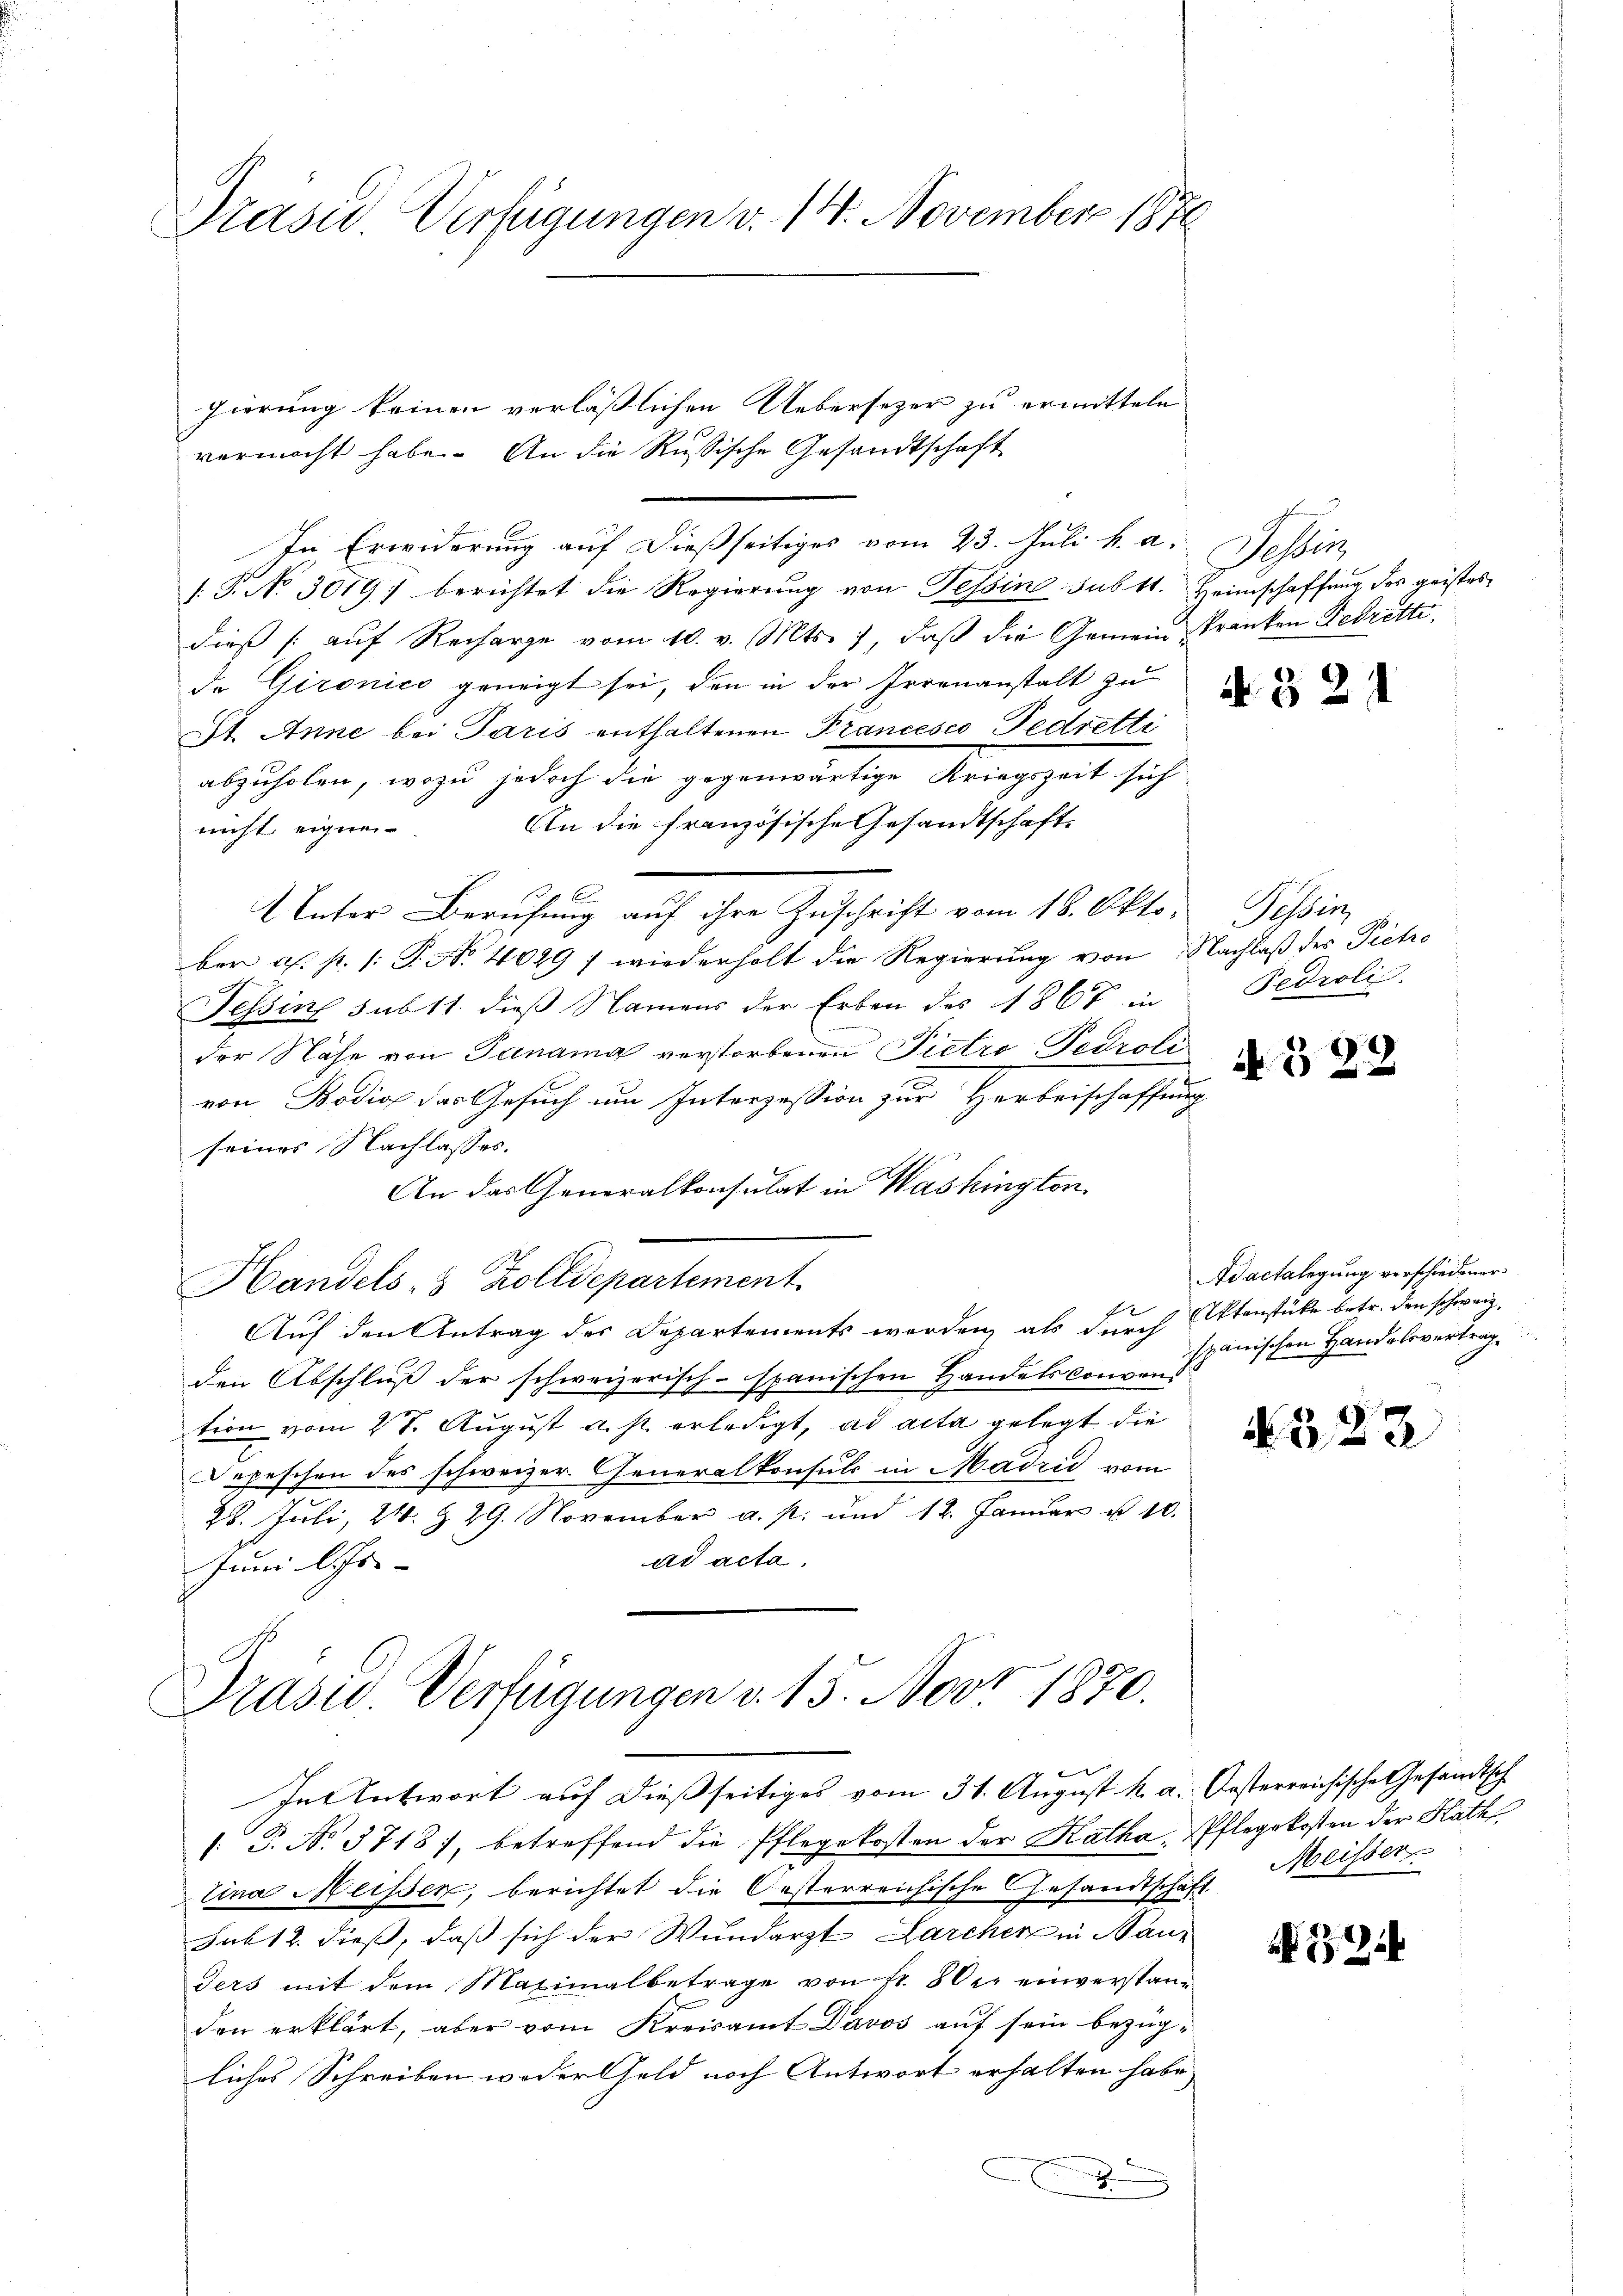
Präsid Verfügungen v. 14. November 1871

gierung keinen verläßlichen Uebersezer zu ermitteln
vermacht habe. An die Russische Gesandtschaft
In Erwiderung auf dießseitiges vom 23. Juli h. a. Tessin,
[.P. No 3019) berichtet die Regierung von Tessin sub 11. Heimschaffung des geistes
dieß (auf Recharge vom 10. v. Mts., daß die Gemein Kranken Fedrette,
de Gironico geneigt sei, den in der Irrenanstalt zu
St. Anne bei Paris enthaltenen Prancesco Fedretti
abzuholen, wozu jedoch die gegenwärtige Kriegszeit sich
An die französische Gesandtschaft.
nicht eignen

UUnter Berufung auf ihre Zuschrift vom 18. Oktober a. p. /: P. No 4029) wiederholt die Regierung von Nachlaß des Pietro
Tessin sub 11. dieß Namens der Erben des 1867 in
der Nähe von Janama verstorbenen Pietro Pedroti
von Bodio das Gesuch um Interzession zur Herbeischaffung
seines Nachlasses.
An das Generalkonsulat in Washington,
Handels- & Zolldepartement
Auf den Antrag des Departements werden, als durch Ottenstücke betr. den schweiz,
den Abschluß der schweizerisch-spanischen Handels Conveni
tion vom 27. August a. p. erledigt, ad acta gelegt die
Depeschen des schweizer. Generalkonsuls in Madrid vom
28. Juli, 24. & 29. November a. p. und 12. Janŭar u. 10.
ad acta.
Juni lichs- |
Präsid Verfügungen v. 15. Nov. 1870.
e
In Antwort auf dießseitiges vom 31. August k. a. Oesterreichische Gesandtsch
/: P. No. 3718), betreffend die Pflegekosten der Katha. Pflegekosten der Kath
tina Meissen, berichtet die Oesterreichische Gesandtschaft Weisser
sub 12. dieß, daß sich der Wundarzt Larcher in Bauders mit dem Maximalbetrage von fr. 80 r. einverstan-
den erklärt, aber vom Kreisamt Davos auf sein bezüg-
liches Schreiben weder Geld noch Antwort erhalten habe.

d. § 21

Tessin
Fedroli

A. § 22

Ad actalegung verschiedener
spanischen Handelsvertrag

N 22

4